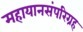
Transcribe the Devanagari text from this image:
महायानसंपरिग्रह